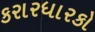
કરારધારકો